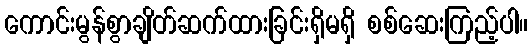
ကောင်းမွန်စွာချိတ်ဆက်ထားခြင်းရှိမရှိ စစ်ဆေးကြည့်ပါ။